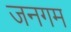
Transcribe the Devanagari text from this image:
जनगम